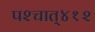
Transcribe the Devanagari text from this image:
पश्‍चात्‌४१२